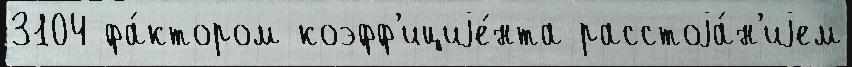
3104 фа́ктором коэфф'ициjе́нта расстоjа́н'иjем